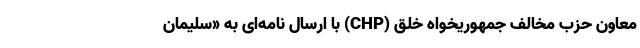
معاون حزب مخالف جمهوریخواه خلق (CHP) با ارسال نامه‌ای به «سلیمان